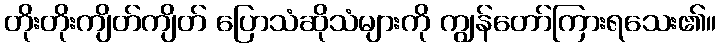
တိုးတိုးကျိတ်ကျိတ် ပြောသံဆိုသံများကို ကျွန်တော်ကြားရသေး၏။